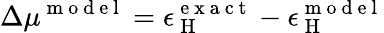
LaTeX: \Delta\mu^{\mathrm{~m~o~d~e~l~}}=\epsilon_{\mathrm{~H~}}^{\mathrm{~e~x~a~c~t~}}-\epsilon_{\mathrm{~H~}}^{\mathrm{~m~o~d~e~l~}}